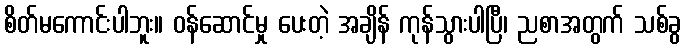
စိတ်မကောင်းပါဘူး။ ဝန်ဆောင်မှု ပေးတဲ့ အချိန် ကုန်သွားပါပြီ၊ ညစာအတွက် သစ်ခွ